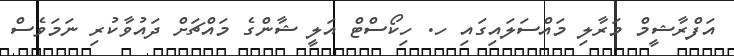
އަފްރާޝީމް މަރާލި މައްސަލައިގައި ހ. ހިކޯސްޓް އަލީ ޝާންގެ މައްޗަށް ދައުވާކުރި ނަމަވެސް